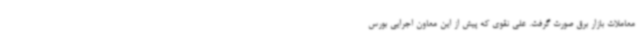
معاملات بازار برق صورت گرفت. علی نقوی که پیش از این معاون اجرایی بورس